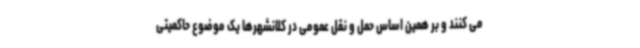
می کنند و بر همین اساس حمل و نقل عمومی در کلانشهرها یک موضوع حاکمیتی